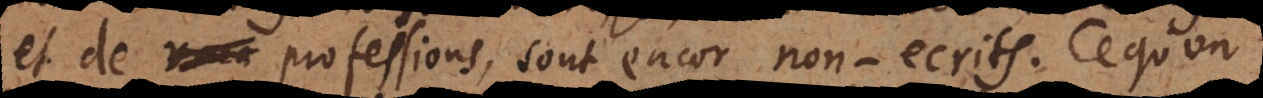
et de professions, sont encor non-ecrits. Ce qu’on